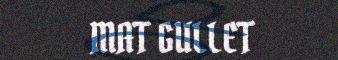
MAT GULLET